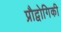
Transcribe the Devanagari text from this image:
प्रौद्वोगिकी